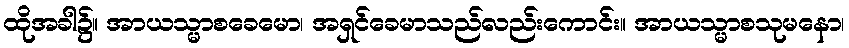
ထိုအခါ၌။ အာယသ္မာစခေမော၊ အရှင်ခေမာသည်လည်းကောင်း။ အာယသ္မာစသုမနော၊